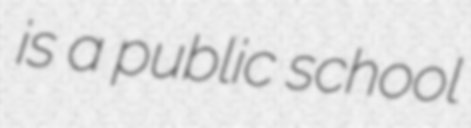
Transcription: is a public school